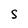
Character: S